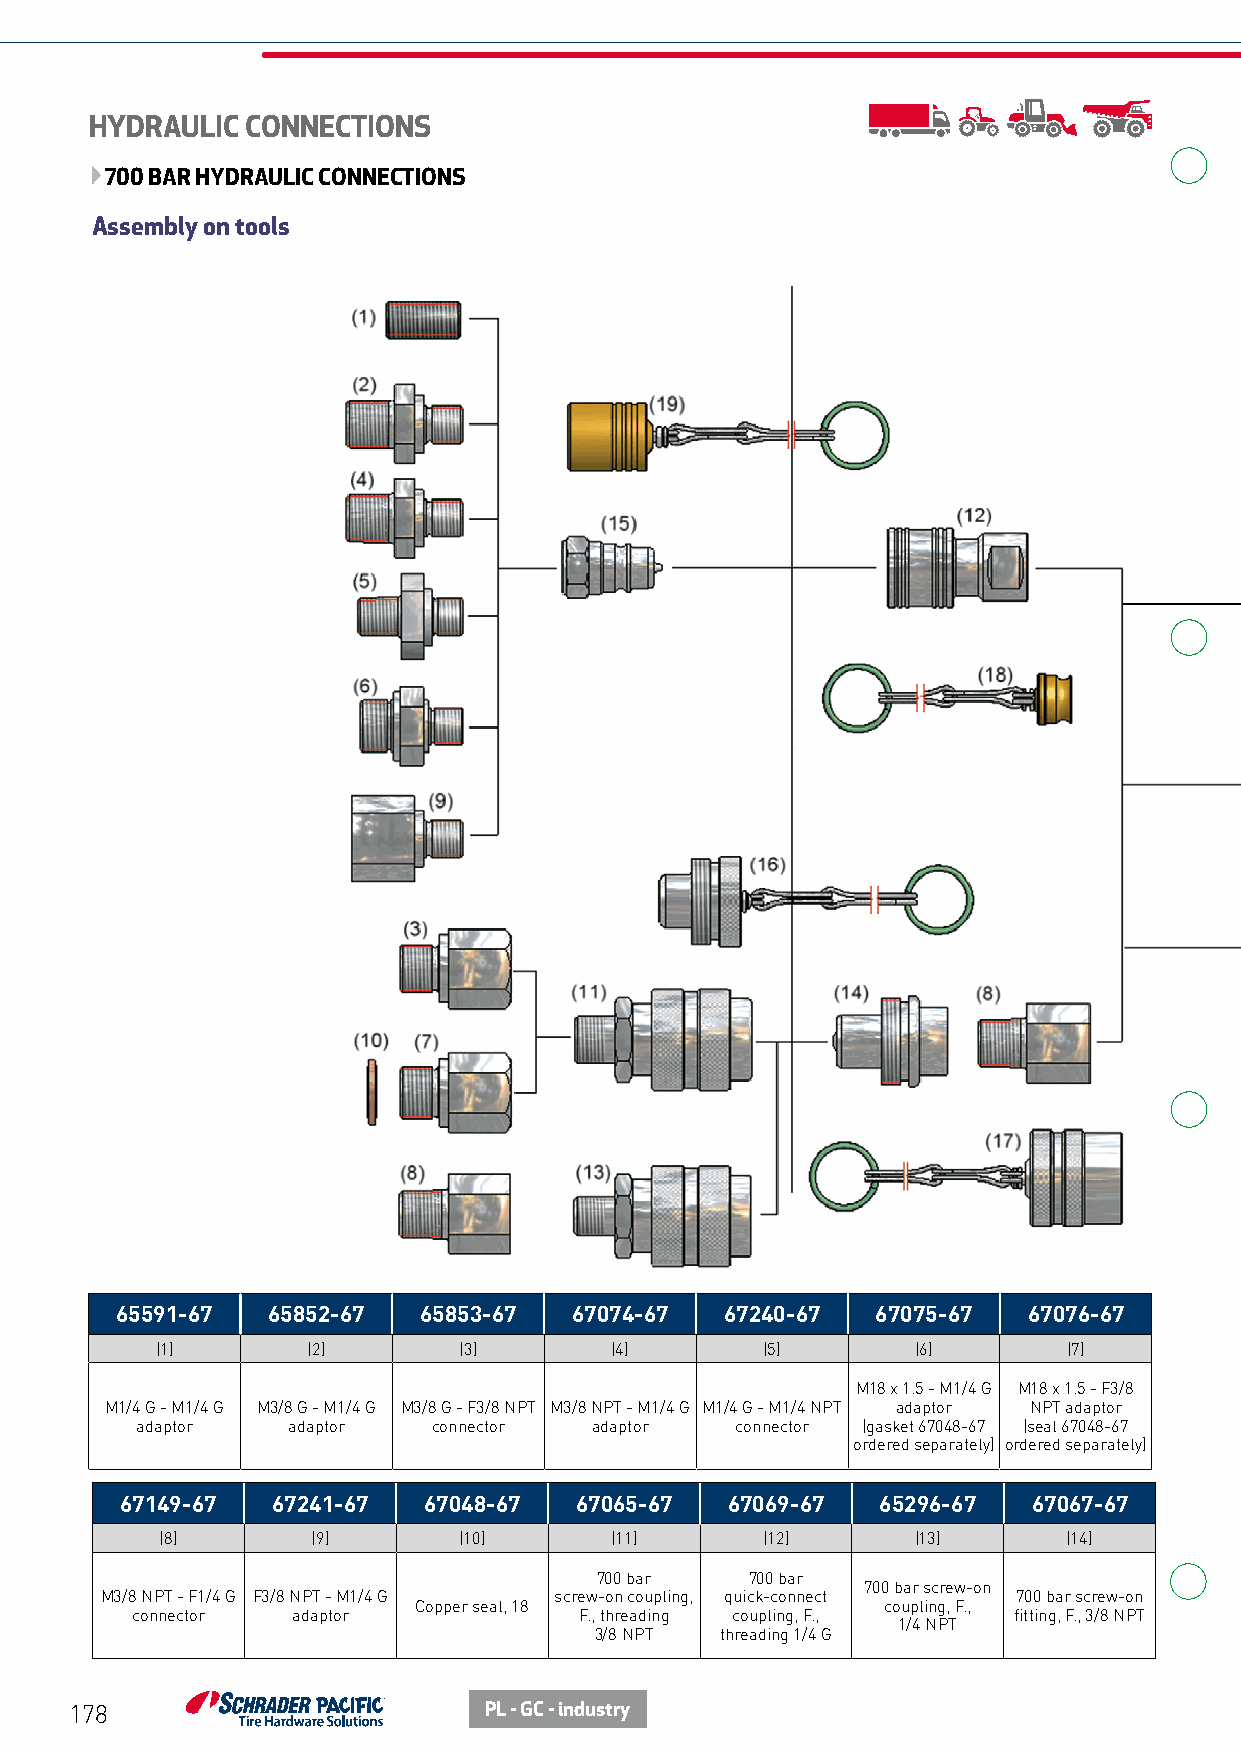
HYDRAULIC CONNECTIONS
 700 BAR HYDRAULIC CONNECTIONS
 Assembly on tools
 65591-67  65852-67  65853-67  67074-67  67240-67  67075-67  67076-67
 (1)       (2)       (3)       (4)       (5)        (6)       (7)
 M18 x 1.5 - M1/4 G M18 x 1.5 - F3/8
 M1/4 G - M1/4 G M3/8 G - M1/4 G M3/8 G - F3/8 NPT M3/8 NPT - M1/4 G M1/4 G - M1/4 NPT adaptor NPT adaptor
 adaptor   adaptor   connector adaptor   connector (gasket 67048-67 (seal 67048-67
 ordered separately) ordered separately)
 67149-67  67241-67  67048-67  67065-67  67069-67  65296-67  67067-67
 (8)       (9)      (10)      (11)      (12)       (13)      (14)
 700 bar    700 bar
 700 bar screw-on
 M3/8 NPT - F1/4 G F3/8 NPT - M1/4 G screw-on coupling, quick-connect 700 bar screw-on
 Copper seal, 18                coupling, F.,
 connector adaptor            F., threading coupling, F.,  fitting, F., 3/8 NPT
 1/4 NPT
 3/8 NPT  threading 1/4 G
 178                        PL - GC - industry